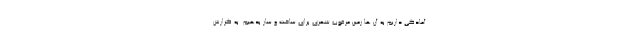
آمادگی داریم به آن ها زمین مرغوب شهری برای ساخت و ساز بدهیم. به گزارش